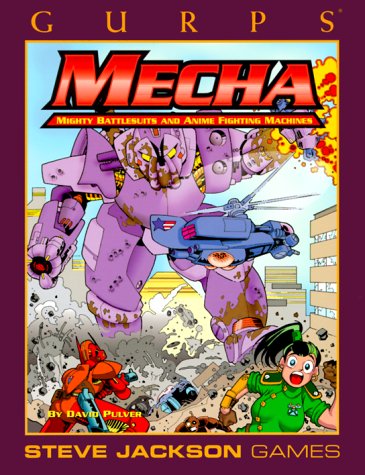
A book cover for GURPS Mecha (GURPS: Generic Universal Role Playing System); David Pulver; Science Fiction & Fantasy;